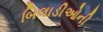
બિલાડીઓની